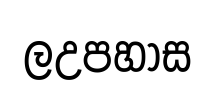
ලඋපහාස